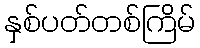
နှစ်ပတ်တစ်ကြိမ်